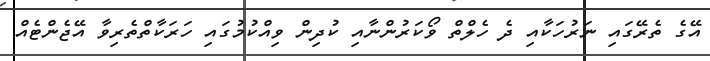
އޭގެ ތެރޭގައި ނަރުހަކާއި ދެ ހެލްތް ވޯކަރުންނާއި ކުދިން ވިއްކުމުގައި ހަރަކާތްތެރިވާ އޭޖެންޓެއް